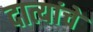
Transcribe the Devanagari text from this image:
दात्यांचे